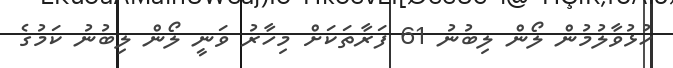
ހުޅުވާލުމުން ލޯން ލިބުނު 61 ފަރާތަކަށް މިހާރު ވަނީ ލޯން ލިބުނު ކަމުގެ